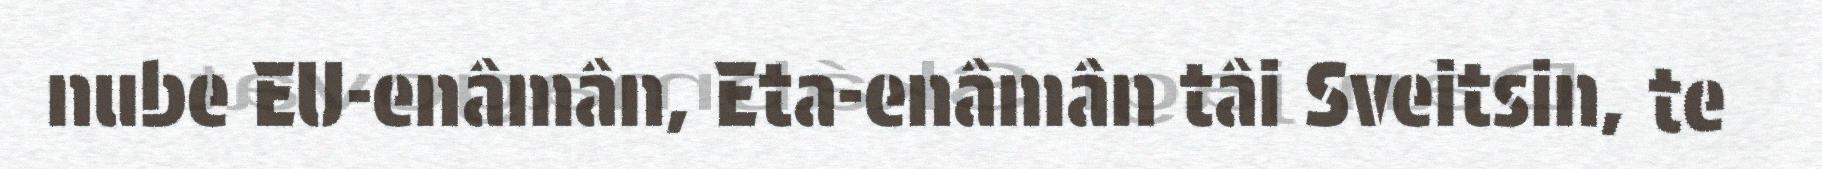
nube EU-enâmân, Eta-enâmân tâi Sveitsin, te